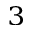
^ 3